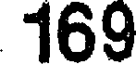
169